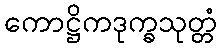
ကောဋ္ဌိကဒုက္ခသုတ္တံ